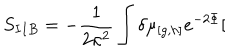
LaTeX: S _ { I I B } = - \frac { 1 } { 2 \kappa ^ { 2 } } \int \delta \mu _ { \lbrack g , h ] } e ^ { - 2 \Phi } [